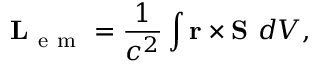
\mathbf { L } _ { \mathrm { ~ e ~ m ~ } } = \frac { 1 } { c ^ { 2 } } \int \mathbf { r } \times \mathbf { S } ~ d V ,